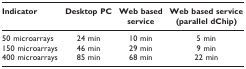
<table><thead><tr><td><b>Indicator</b></td><td><b>Desktop PC</b></td><td><b>Web based service</b></td><td><b>Web based service (parallel dChip)</b></td></tr></thead><tbody><tr><td>50 microarrays</td><td>24 min</td><td>10 min</td><td>5 min</td></tr><tr><td>150 microarrays</td><td>46 min</td><td>29 min</td><td>9 min</td></tr><tr><td>400 microarrays</td><td>85 min</td><td>68 min</td><td>22 min</td></tr></tbody></table>